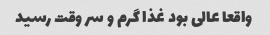
واقعا عالی بود غذا گرم و سر وقت رسید